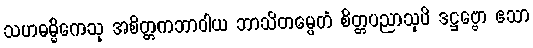
သဟဓမ္မိကေသု အစိတ္တကဘာဝါယ ဘာသိတမ္ပေတံ စိတ္တပညာသုပိ ဒဋ္ဌဗ္ဗော ဧသာ